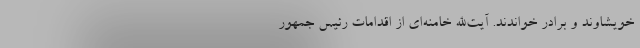
خویشاوند و برادر خواندند. آیت‌الله خامنه‌ای از اقدامات رئیس جمهور